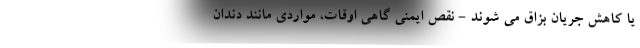
یا کاهش جریان بزاق می شوند - نقص ایمنی گاهی اوقات، مواردی مانند دندان